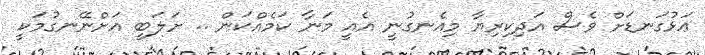
ޢަޅުގަނޑަށް ވެސް އަދިކިރިޔާ މިއެނގުނީ އެއީ މަނާ ކަމެއްކަން .. ށަލަބީ އަށްނޭނގުމަކީ